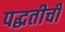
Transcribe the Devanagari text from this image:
पद्घतीची